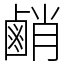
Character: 䴛